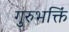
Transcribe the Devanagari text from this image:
गुरुभक्तिं